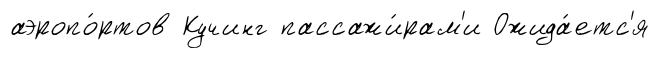
аэропо́ртов Кучинг пассажи́рам'и Ожида́етс'я